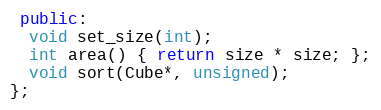
Language: C++
 public:
  void set_size(int);
  int area() { return size * size; };
  void sort(Cube*, unsigned);
};